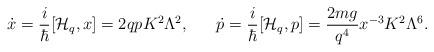
LaTeX: \begin{align*}\dot{x}={i\over\hbar}[{\cal H}_q,x]=2qpK^2\Lambda^2,\ \ \ \ \ \dot{p}={i\over\hbar}[{\cal H}_q,p]={{2mg}\over{q^4}}x^{-3}K^2\Lambda^6.\end{align*}